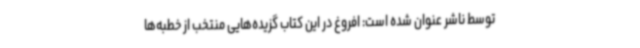
توسط ناشر عنوان شده است: افروغ در این کتاب گزیده‌هایی منتخب از خطبه‌ها